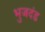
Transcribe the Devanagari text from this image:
भुजदंड